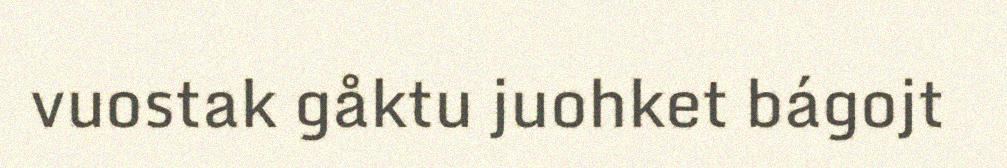
vuostak gåktu juohket bágojt